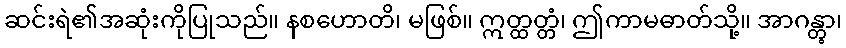
ဆင်းရဲ၏အဆုံးကိုပြုသည်။ နစဟောတိ၊ မဖြစ်။ ဣတ္ထတ္တံ၊ ဤကာမဓာတ်သို့။ အာဂန္တွာ၊